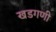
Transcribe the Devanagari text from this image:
खडगणी